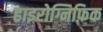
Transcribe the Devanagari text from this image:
हाइरोग्निफ़िक